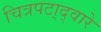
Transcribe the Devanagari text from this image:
चित्रपटा्द्वारे